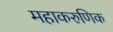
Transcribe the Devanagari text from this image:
महाकरुणिक